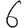
Digit: 6